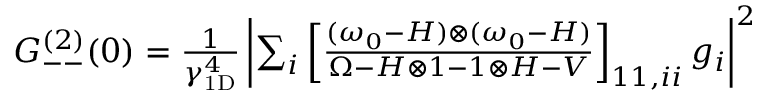
\begin{array} { r } { G _ { -- } ^ { ( 2 ) } ( 0 ) = \frac 1 { \gamma _ { \mathrm { 1 D } } ^ { 4 } } \left| \sum _ { i } \left[ \frac { ( \omega _ { 0 } - H ) \otimes ( \omega _ { 0 } - H ) } { \Omega - H \otimes 1 - 1 \otimes H - V } \right] _ { 1 1 , i i } g _ { i } \right| ^ { 2 } } \end{array}